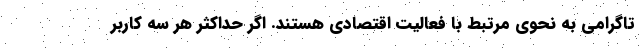
تاگرامی به نحوی مرتبط با فعالیت اقتصادی هستند. اگر حداکثر هر سه کاربر